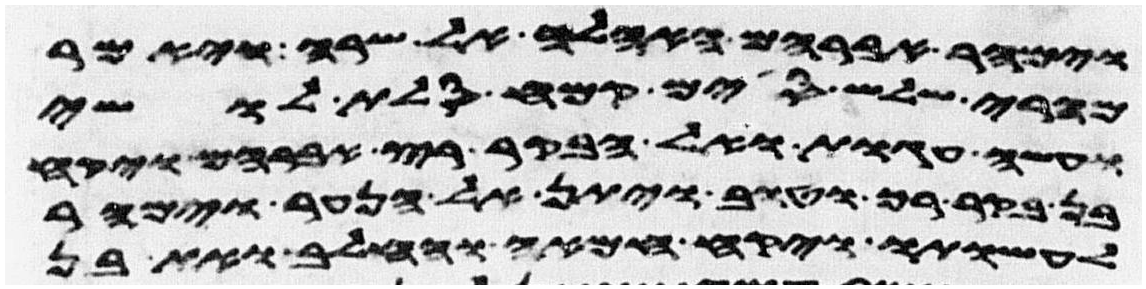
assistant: וימהר אברהם האהלה אל שרה ויאמר
מהרי שלש סים קמח סלת לושי
ועשה עגות ואל הבקר רץ אברהם ויקח
בן בקר רך וטוב ויתן אל הנער וימהר
לעשותו ויקח חמאה וחלב ואת בן